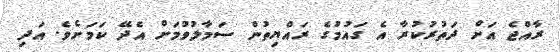
ރާއްޖެ އަށް ދަތުރުކުރާ އެ ގައުމުގެ ރައްޔިތުން ސަމާލުވުމަށް އެދޭ ކަމަށެވެ. އަދި